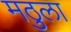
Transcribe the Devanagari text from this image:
मठुला